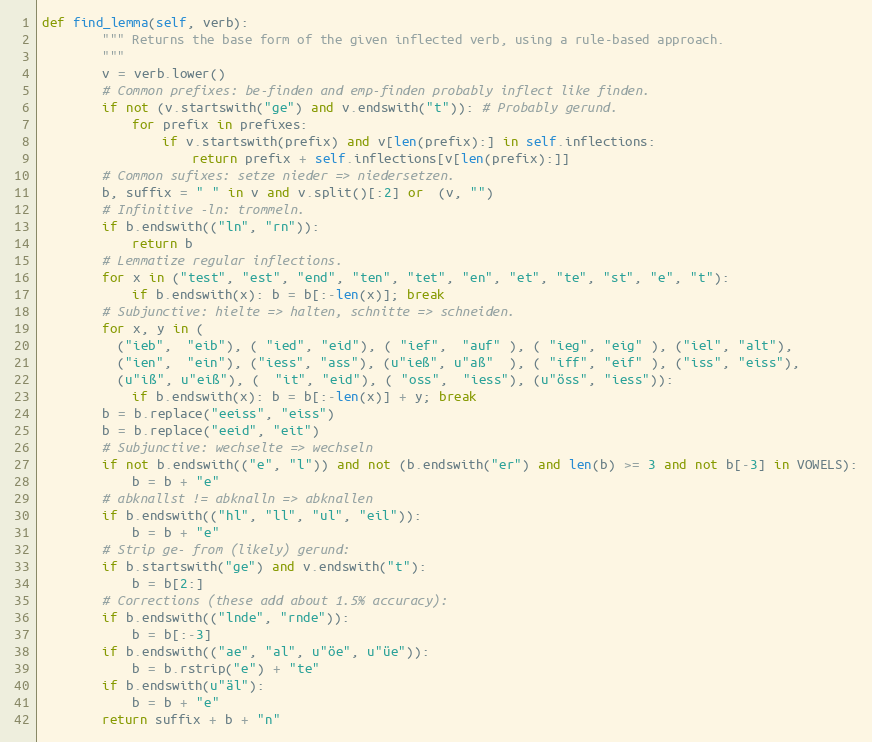
Language: Python
def find_lemma(self, verb):
        """ Returns the base form of the given inflected verb, using a rule-based approach.
        """
        v = verb.lower()
        # Common prefixes: be-finden and emp-finden probably inflect like finden.
        if not (v.startswith("ge") and v.endswith("t")): # Probably gerund.
            for prefix in prefixes:
                if v.startswith(prefix) and v[len(prefix):] in self.inflections:
                    return prefix + self.inflections[v[len(prefix):]]
        # Common sufixes: setze nieder => niedersetzen.
        b, suffix = " " in v and v.split()[:2] or  (v, "")
        # Infinitive -ln: trommeln.
        if b.endswith(("ln", "rn")):
            return b
        # Lemmatize regular inflections.
        for x in ("test", "est", "end", "ten", "tet", "en", "et", "te", "st", "e", "t"):
            if b.endswith(x): b = b[:-len(x)]; break
        # Subjunctive: hielte => halten, schnitte => schneiden.
        for x, y in (
          ("ieb",  "eib"), ( "ied", "eid"), ( "ief",  "auf" ), ( "ieg", "eig" ), ("iel", "alt"),
          ("ien",  "ein"), ("iess", "ass"), (u"ieß", u"aß"  ), ( "iff", "eif" ), ("iss", "eiss"),
          (u"iß", u"eiß"), (  "it", "eid"), ( "oss",  "iess"), (u"öss", "iess")):
            if b.endswith(x): b = b[:-len(x)] + y; break
        b = b.replace("eeiss", "eiss")
        b = b.replace("eeid", "eit")
        # Subjunctive: wechselte => wechseln
        if not b.endswith(("e", "l")) and not (b.endswith("er") and len(b) >= 3 and not b[-3] in VOWELS):
            b = b + "e"
        # abknallst != abknalln => abknallen
        if b.endswith(("hl", "ll", "ul", "eil")):
            b = b + "e"
        # Strip ge- from (likely) gerund:
        if b.startswith("ge") and v.endswith("t"):
            b = b[2:]
        # Corrections (these add about 1.5% accuracy):
        if b.endswith(("lnde", "rnde")):
            b = b[:-3]
        if b.endswith(("ae", "al", u"öe", u"üe")):
            b = b.rstrip("e") + "te"
        if b.endswith(u"äl"):
            b = b + "e"
        return suffix + b + "n"